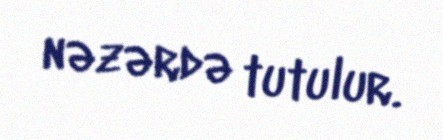
nəzərdə tutulur.